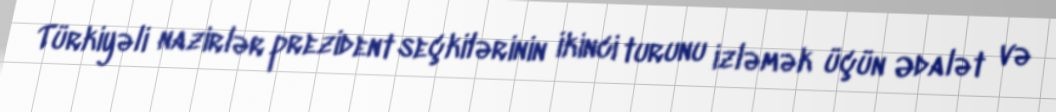
Türkiyəli nazirlər prezident seçkilərinin ikinci turunu izləmək üçün Ədalət və